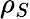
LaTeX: \rho_{S}